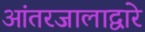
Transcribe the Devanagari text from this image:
आंतरजालाद्वारे